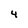
Character: 4